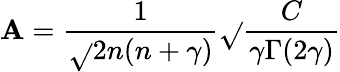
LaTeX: \mathbf{A}={\frac{{1}}{{\sqrt{}{{2n(n+\gamma)}}}}}{\sqrt{}{{\frac{{C}}{{\gamma\Gamma(2\gamma)}}}}}